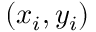
( x _ { i } , y _ { i } )